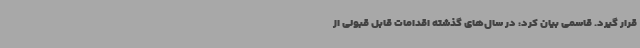
قرار گیرد. قاسمی بیان کرد: در سال‌های گذشته اقدامات قابل قبولی از